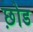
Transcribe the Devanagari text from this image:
छ़ोड